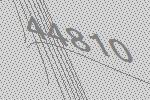
44810